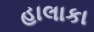
હાલાકા